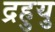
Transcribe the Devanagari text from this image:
द्रहुयु